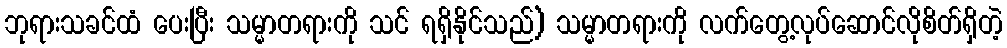
ဘုရားသခင်ထံ ပေးပြီး သမ္မာတရားကို သင် ရရှိနိုင်သည်) သမ္မာတရားကို လက်တွေ့လုပ်ဆောင်လိုစိတ်ရှိတဲ့